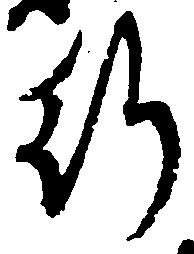
行